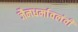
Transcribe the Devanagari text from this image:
जैनधर्मावलंवी